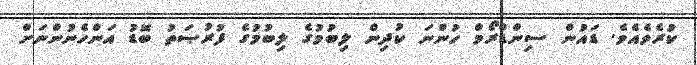
ކުރެވެއެވެ. ޑައުން ސިންޑްރޯމް ހުންނަ ކުދިން ލިބުމުގެ ލިބުމުގެ ފުރުޞަތު ބޮޑު އަންހެނުންނަށް